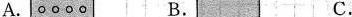
A. B. C.